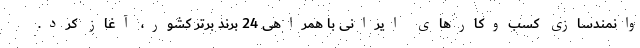
وانمندسازی کسب‌وکارهای ایرانی با همراهی 24 برند برتر کشور، آغاز کرد.